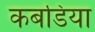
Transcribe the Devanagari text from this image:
कबडिया